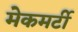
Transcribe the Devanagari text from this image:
मेकमर्टी